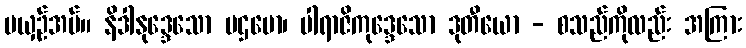
မယှဉ်အပ်။ နိဒါနုဒ္ဒေသော ပဌမော၊ ပါရာဇိကုဒ္ဒေသော ဒုတီယော - စသည်ကိုလည်း အကြား